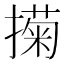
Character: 𢵗